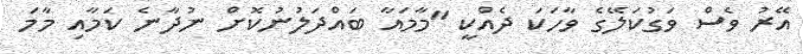
އޭރު ވެސް ވަގުކަލޭގެ ވާހަކަ ދެއްކީ "މާމައާ ބައްދަލުނުކޮށް ނުދާނެ ކަމާއި މާމަ